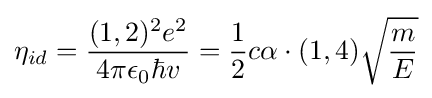
\eta _{id}={\frac {(1,2)^{2}e^{2}}{4\pi \epsilon _{0}\hbar v}}={\frac {1}{2}}c\alpha \cdot (1,4){\sqrt {\frac {m}{E}}}